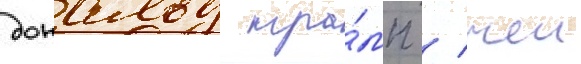
дональд тра́мп / чеи